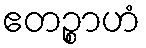
ဧတဉ္စာဟံ